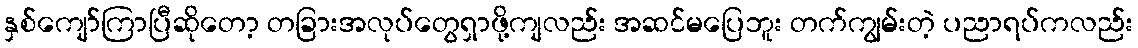
နှစ်ကျော်ကြာပြီဆိုတော့ တခြားအလုပ်တွေရှာဖို့ကျလည်း အဆင်မပြေဘူး တက်ကျွမ်းတဲ့ ပညာရပ်ကလည်း